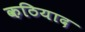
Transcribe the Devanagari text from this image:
कठियाद